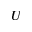
U